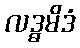
လဒ္ဓမိဒံ